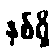
နှစ်ရှိ